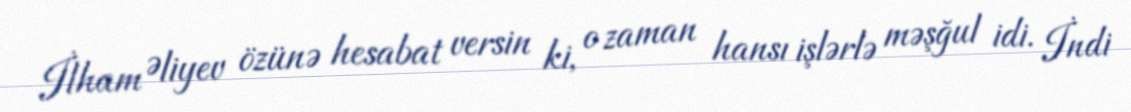
İlham Əliyev özünə hesabat versin ki, o zaman hansı işlərlə məşğul idi. İndi